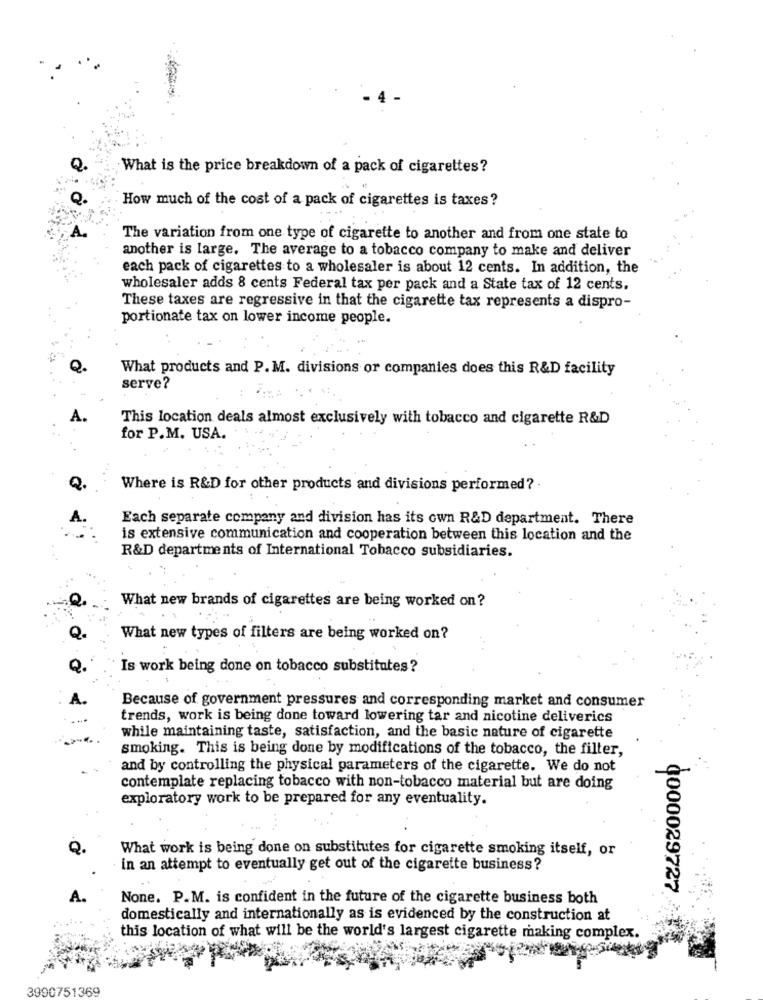
. 4
What is the price breakdown of a pack of cigarettes?
How much of the cost of a pack of cigarettes is taxes?
The variation from one type of cigarette to another and from one state to
another is large. The average to a tobacco company to make and deliver
each pack of cigarettes to a wholesaler is about 12 cents. In addition, the
wholesaler adds 8 cents Federal tax per pack and a State tax of 12 cents.
These taxes are regressive in that the cigarette tax represents a dispro-
portionate tax on lower income people.
What products and P. M. divisions or companies does this R&D facility
serve?
This location deals almost exclusively with tobacco and cigarette R&D
for P.M. USA.
Where is R&D for other products and divisions performed? .
Each separate company and division has its own R&D department. There
is extensive communication and cooperation between this location and the
R&D departments of International Tobacco subsidiaries.
What new brands of cigarettes are being worked on ?
What new types of filters are being worked on?
Is work being done on tobacco substitutes ?
Because of government pressures and corresponding market and consumer
trends, work is being done toward lowering tar and nicotine deliverics
while maintaining taste, satisfaction, and the basic nature of cigarette
smoking. This is being done by modifications of the tobacco, the filter,
and by controlling the physical parameters of the cigarette. We do not
contemplate replacing tobacco with non-tobacco material but are doing
exploratory work to be prepared for any eventuality.
What work is being done on substitutes for cigarette smoking itself, or
in an attempt to eventually get out of the cigarette business?
0000029727
A.
None. P.M. is confident in the future of the cigarette business both
domestically and internationally as is evidenced by the construction at
this location of what will be the world's largest cigarette making complex.
3990751369